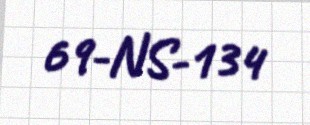
69-NS-134